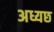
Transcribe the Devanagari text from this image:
अध्यछ